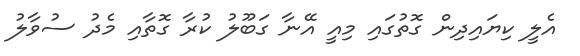
އެލީ ކިޔައިދިން ގޮތުގައި މިއީ އޭނާ ގަބޫލު ކުރާ ގޮތާއި މެދު ސުވާލު